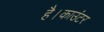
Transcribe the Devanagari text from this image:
है।काउंटर